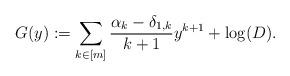
LaTeX: \begin{align*} G(y) := \sum_{k\in [m]} \frac{\alpha_k-\delta_{1,k}}{k+1} y^{k+1} + \log(D).\end{align*}